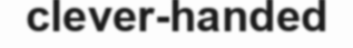
clever-handed